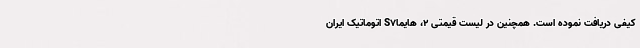
کیفی دریافت نموده است. همچنین در لیست قیمتی 2، هایماS7 اتوماتیک ایران